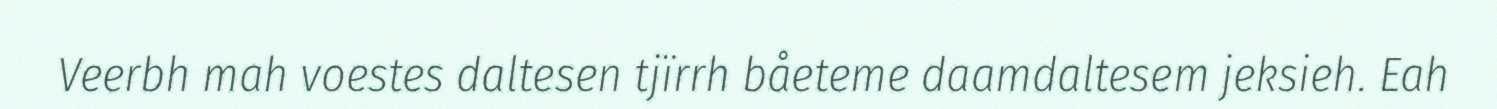
Veerbh mah voestes daltesen tjïrrh båeteme daamdaltesem jeksieh. Eah